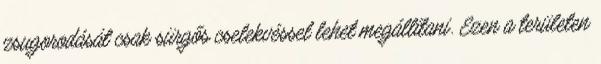
zsugorodását csak sürgős cselekvéssel lehet megállítani. Ezen a területen